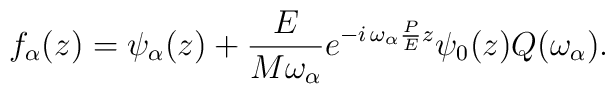
f_\alpha (z)=\psi _\alpha (z)+\frac E{M\omega _\alpha }e^{-i\,\omega _\alpha\frac PEz}\psi _0(z)Q(\omega _\alpha ).